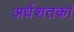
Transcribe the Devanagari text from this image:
अर्धशतकां